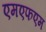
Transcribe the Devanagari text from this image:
एमएफएम